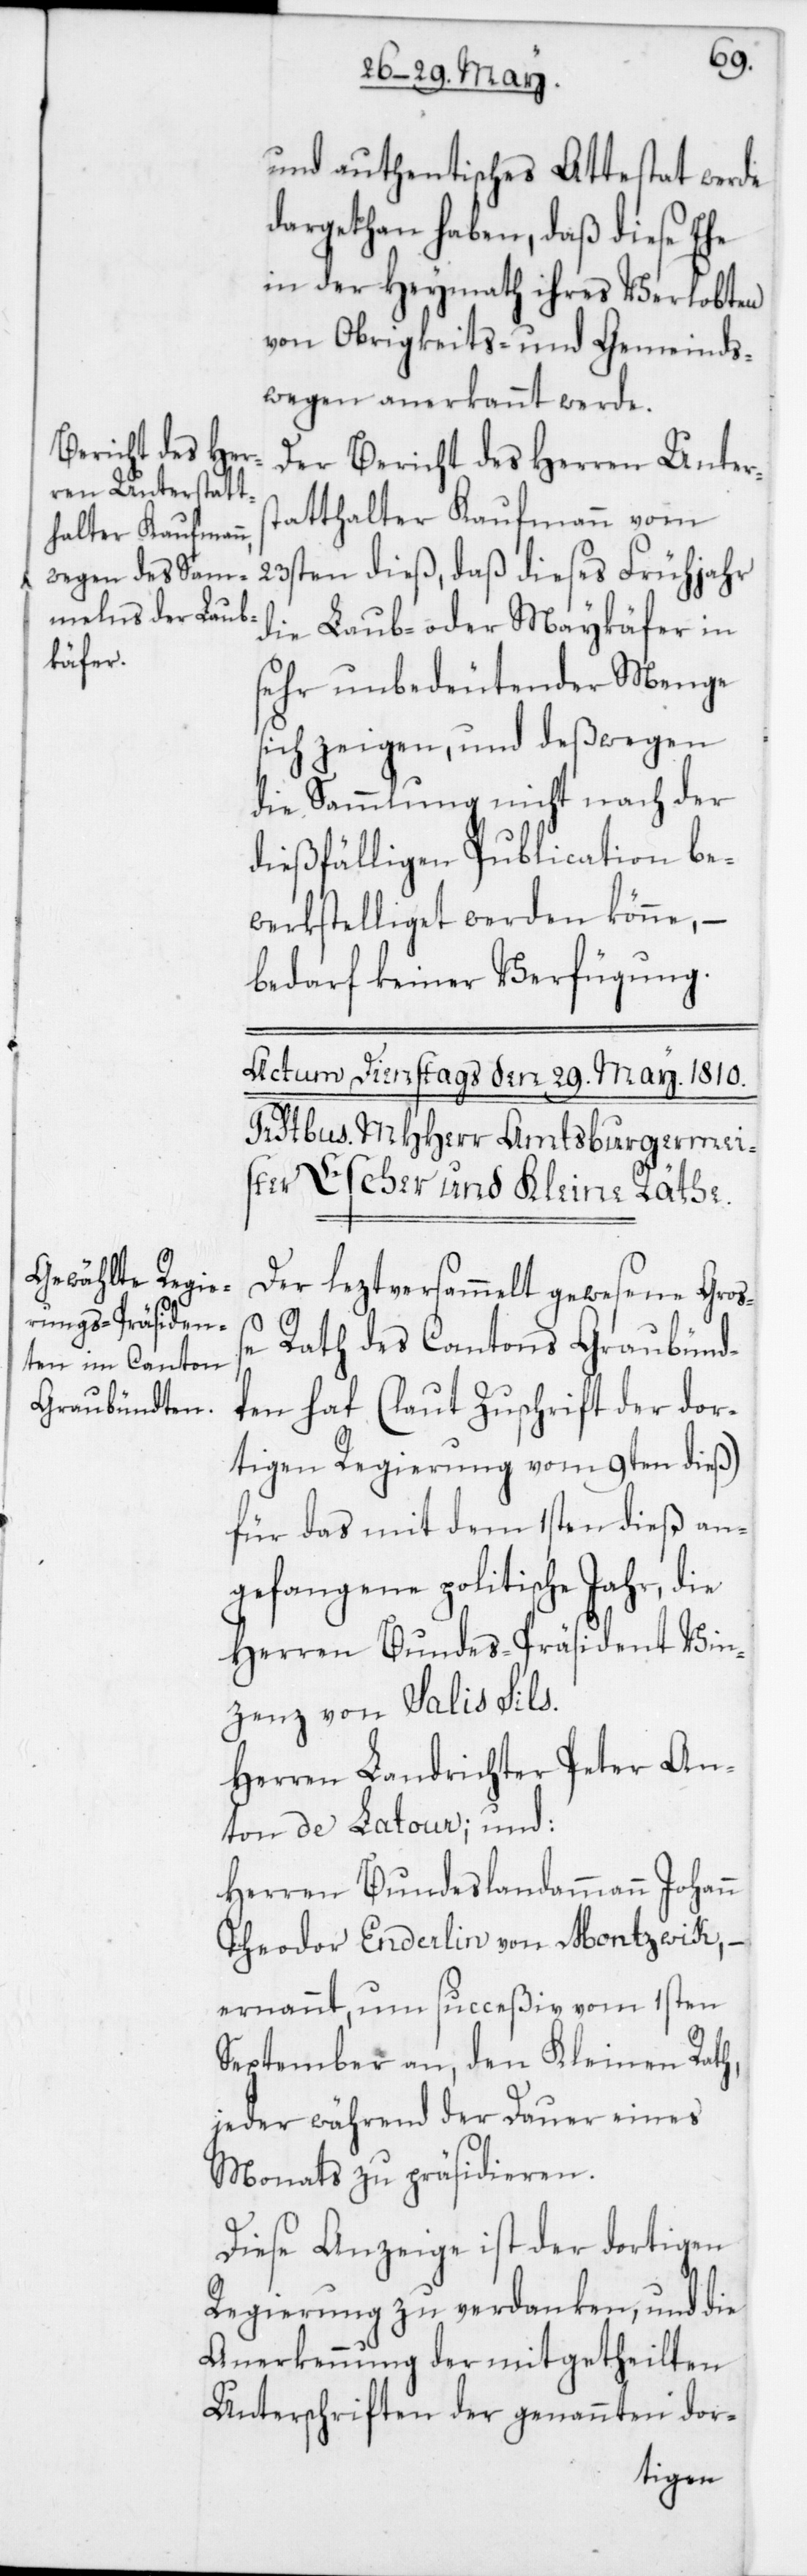
und authentisches Attestat werde
dargethan haben, daß diese Ehe
in der Heymath ihres Verlobten
von Obrigkeits- und Gemeinds¬
wegen anerkannt werde.
Der Bericht des Herren Unters¬
tatthalter Kaufmann vom
23sten dieß, daß dieses Frühjahr
die Laub- oder Maykäfer in
sehr unbedeutender Menge
sich zeigen, und deßwegen
die Sammlung nicht nach der
dießfälligen Publication be¬
werkstelliget werden könne, –
bedarf keiner Verfügung.
Der lezt versammelt gewesene Gro¬
ße Rath des Cantons Graubünd¬
ten hat (laut Zuschrift der dor¬
tigen Regierung vom 9ten dieß)
für das mit dem 1sten dieß an¬
gefangene politische Jahr, die
Herren Bundes-Präsident Vin¬
zenz von Salis Sils;
Herren Landrichter Peter An¬
ton de Latour; und:
Herren Bundeslandammann Johann
Theodor Enderlin von Montzwik,
ernannt, um succeßiv vom 1sten
September an, den Kleinen Rath,
jeder während der Dauer eines
Monats, zu präsidieren.
Diese Anzeige ist der dortigen
Regierung zu verdanken, und die
Anerkennung der mitgetheilten
Unterschriften der genannten dor-